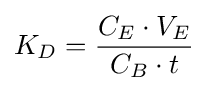
K_{D}={\frac {C_{E}\cdot V_{E}}{C_{B}\cdot t}}